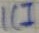
Text: IC1